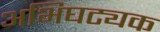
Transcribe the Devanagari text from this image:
अभिघट्यक